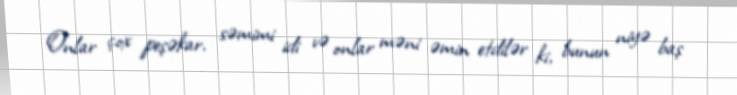
Onlar çox peşəkar, səmimi idi və onlar məni əmin etdilər ki, bunun niyə baş